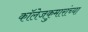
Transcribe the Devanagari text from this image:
कॉलेजकुमारांच्या